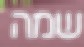
שמה